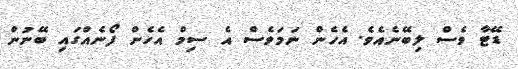
ޑޭޓާ ވެސް ލިބޭނެއެވެ. އެހެން ނަމަވެސް އެ ސިމް އެހެން ފޯނެއްގައި ބޭނުން